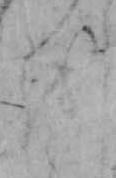
を